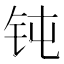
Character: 钝